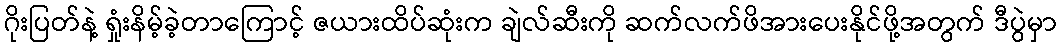
ဂိုးပြတ်နဲ့ ရှုံးနိမ့်ခဲ့တာကြောင့် ဇယားထိပ်ဆုံးက ချဲလ်ဆီးကို ဆက်လက်ဖိအားပေးနိုင်ဖို့အတွက် ဒီပွဲမှာ